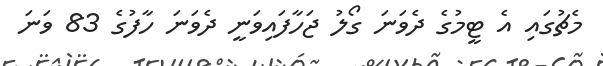
މެޗުގައި އެ ޓީމުގެ ދެވަނަ ގޯލު ޖަހާފައިވަނީ ދެވަނަ ހާފުގެ 83 ވަނަ